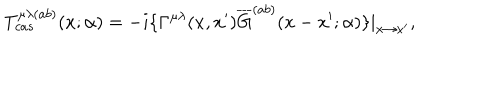
T _ { c a s } ^ { \mu \lambda ( a b ) } ( x ; \alpha ) = - i \{ \Gamma ^ { \mu \lambda } ( x , x ^ { \prime } ) \overline { { { G } } } ^ { ( a b ) } ( x - x ^ { \prime } ; \alpha ) \} | _ { x \rightarrow x ^ { \prime } } ,